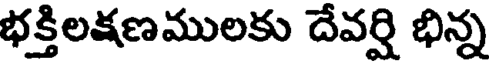
భక్తిలక్షణములకు దేవర్షి భిన్న